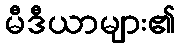
မီဒီယာများ၏